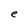
Character: e